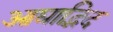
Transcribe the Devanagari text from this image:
आद्याद्भिद